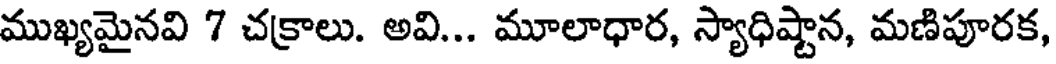
ముఖ్యమైనవి 7 చక్రాలు. అవి... మూలాధార, స్యాధిష్టాన, మణిపూరక,